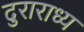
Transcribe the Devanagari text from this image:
दुराराध्य